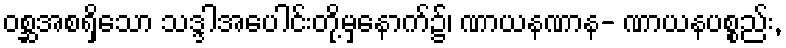
ဝစ္ဆအစရှိသော သဒ္ဒါအပေါင်းတို့မှနောက်၌၊ ဏာယနဏာန- ဏာယနပစ္စည်း,